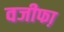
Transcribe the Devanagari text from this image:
वजीफा़